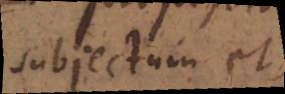
subjectum et